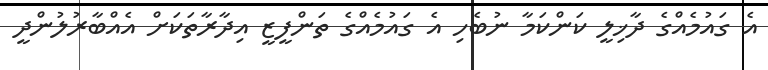
އެ ގައުމެއްގެ ދާޚިލީ ކަންކަމާ ނުބެހި އެ ގައުމެއްގެ ތަންފީޒީ އިދާރާތަކަށް އެއްބާރުލުންދީ